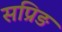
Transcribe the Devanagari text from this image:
सप्रिङ